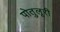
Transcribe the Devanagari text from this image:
पोतुलूरी